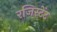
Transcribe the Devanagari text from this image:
रजिस्टेंट